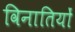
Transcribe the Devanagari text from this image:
विनातियों